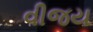
વીજય